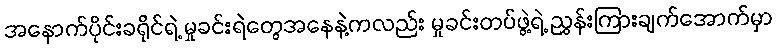
အနောက်ပိုင်းခရိုင်ရဲ့ မှုခင်းရဲတွေအနေနဲ့ကလည်း မှုခင်းတပ်ဖွဲ့ရဲ့ ညွှန်းကြားချက်အောက်မှာ